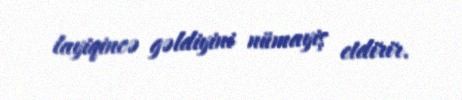
layiqincə gəldiyini nümayiş etdirir.